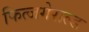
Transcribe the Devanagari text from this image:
फित्जगेराल्ड